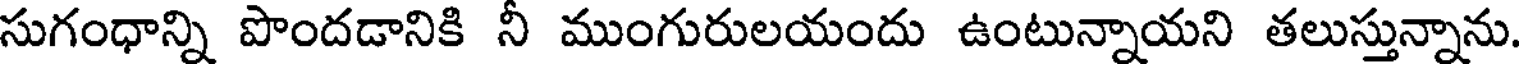
సుగంధాన్ని పొందడానికి నీ ముంగురులయందు ఉంటున్నాయని తలుస్తున్నాను